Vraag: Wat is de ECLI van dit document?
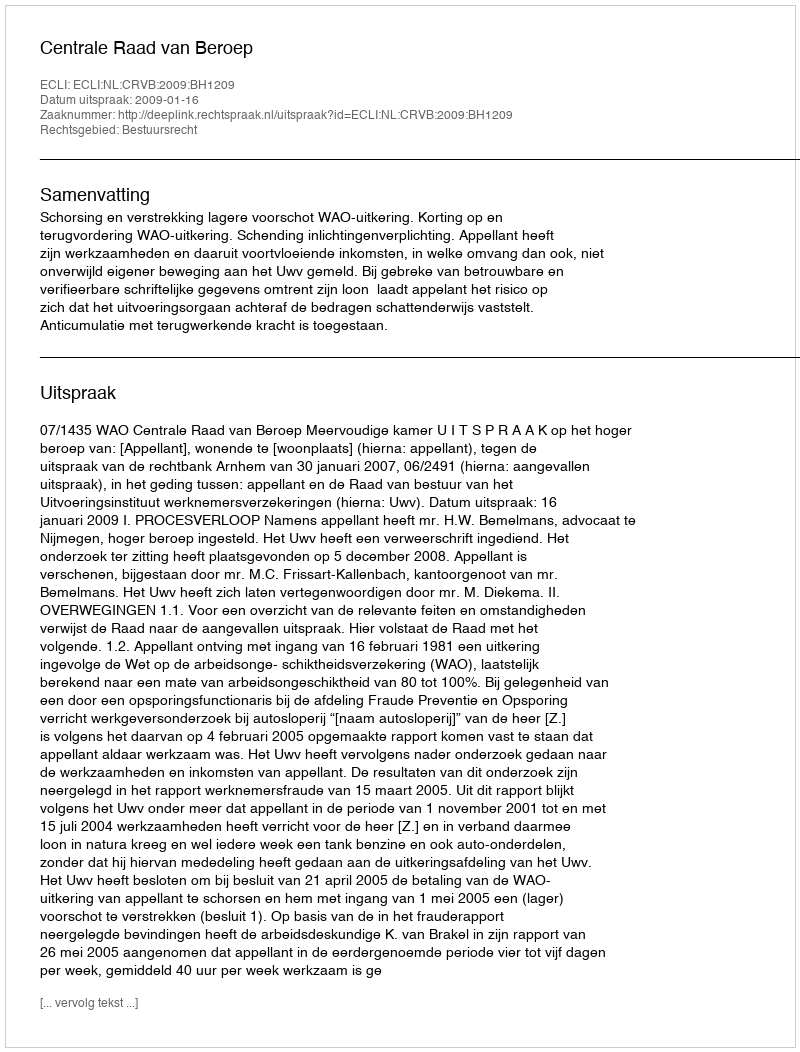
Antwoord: ECLI:NL:CRVB:2009:BH1209